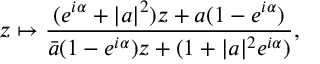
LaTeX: z \mapsto \frac { ( e ^ { i \alpha } + | a | ^ { 2 } ) z + a ( 1 - e ^ { i \alpha } ) } { \bar { a } ( 1 - e ^ { i \alpha } ) z + ( 1 + | a | ^ { 2 } e ^ { i \alpha } ) } ,